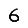
Digit: 6